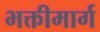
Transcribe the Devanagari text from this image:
भक्तीमार्ग